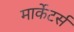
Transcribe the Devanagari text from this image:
मार्केटर्स